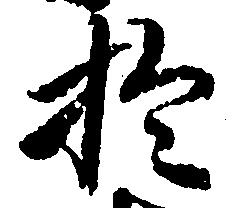
於